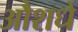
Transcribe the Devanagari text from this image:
औशधे